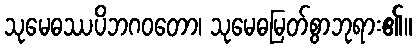
သုမေဓဿပိဘဂဝတော၊ သုမေဓမြတ်စွာဘုရား၏။